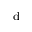
^ \mathrm { d }